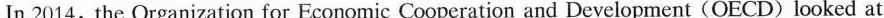
In 2014, the Organization for Economic Cooperation and Development (OECD)looked at